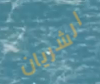
الشريان